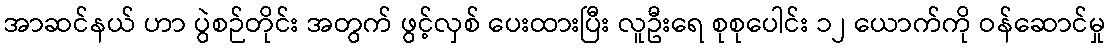
အာဆင်နယ် ဟာ ပွဲစဉ်တိုင်း အတွက် ဖွင့်လှစ် ပေးထားပြီး လူဦးရေ စုစုပေါင်း ၁၂ ယောက်ကို ဝန်ဆောင်မှု